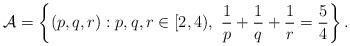
LaTeX: \begin{align*}\mathcal A =\left\{(p,q,r): p,q, r\in [2,4), ~ \frac{1} p + \frac 1 q +\frac 1 r = \frac 5 {4} \right\}. \end{align*}